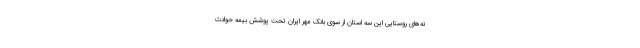
نه‌های روستایی این سه استان از سوی بانک مهر ایران تحت پوشش بیمه حوادث